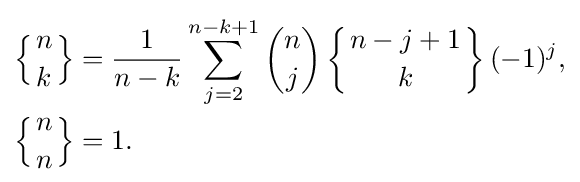
{\begin{aligned}\left\{{n \atop k}\right\}&={\frac {1}{n-k}}\sum _{j=2}^{n-k+1}{\binom {n}{j}}\left\{{n-j+1 \atop k}\right\}(-1)^{j},\\\left\{{n \atop n}\right\}&=1.\end{aligned}}